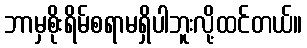
ဘာမှစိုးရိမ်စရာမရှိပါဘူးလို့ထင်တယ်။